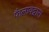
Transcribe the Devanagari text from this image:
फैलावद्वारा